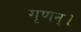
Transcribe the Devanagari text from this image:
गृणन्।